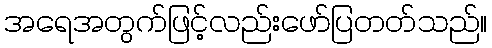
အရေအတွက်ဖြင့်လည်းဖော်ပြတတ်သည်။